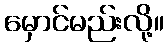
မှောင်မည်းလို့။